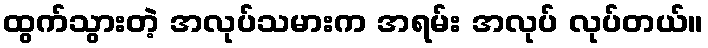
ထွက်သွားတဲ့ အလုပ်သမားက အရမ်း အလုပ် လုပ်တယ်။